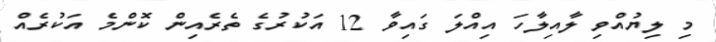
މި ލިޔުއްވި ލާއިލާހަ އިއްލަ ގައިވާ 12 އަކުރުގެ ތެރެއިން ކޮންމެ އަކުރެއް